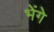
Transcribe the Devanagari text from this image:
भेंगे